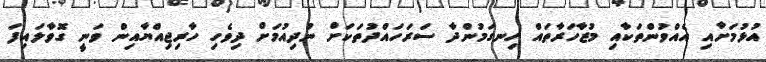
އުޅުމަށާއި އެއްވުންތަކާއި މުޒާހަރާތައް ހިނގަމުންދާ ސަރަހައްދުތަކަށް ނުދިއުމަށް ދިވެހި ހާރިޖިއްޔާއިން ވަނީ ގޮވާލައިފަ